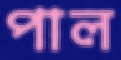
পাল